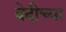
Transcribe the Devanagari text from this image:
वेदीच्या